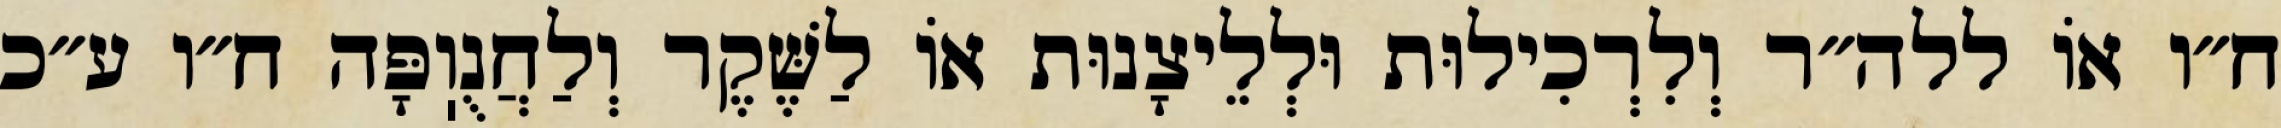
ח״ו אוֹ ללה״ר וְלִרְכִילוּת וּלְלֵיצָנוּת אוֹ לַשֶּׁקֶר וְלַחֲנֻוֽפָּה ח״ו ע״כ